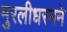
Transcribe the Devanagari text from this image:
मुरलीधरनने